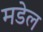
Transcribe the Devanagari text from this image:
मडेल